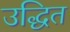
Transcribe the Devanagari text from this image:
उद्धित